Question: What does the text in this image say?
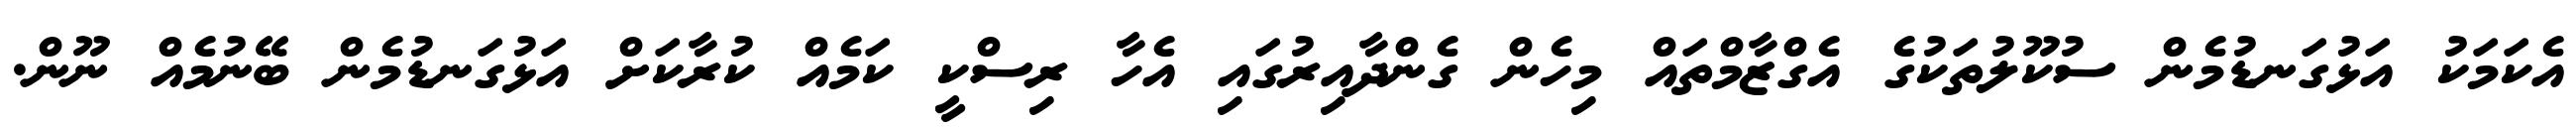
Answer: އެކަމަކު އަޅުގަނޑުމެން ސުކޫލުތަކުގެ އެގްޒާމްތައް މިހެން ގެންދާއިރުގައި އެހާ ރިސްކީ ކަމެއް ކުރާކަށް އަޅުގަނޑުމެން ބޭނުމެއް ނޫން.